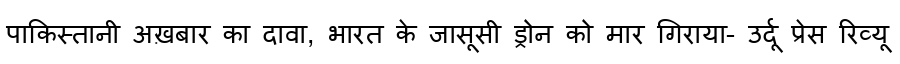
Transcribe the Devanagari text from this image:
पाकिस्तानी अख़बार का दावा, भारत के जासूसी ड्रोन को मार गिराया- उर्दू प्रेस रिव्यू